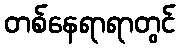
တစ်နေရာရာတွင်